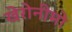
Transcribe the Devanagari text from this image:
खेरोनीमो